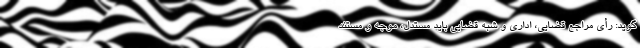
گوید: رأی مراجع قضایی، اداری و شبه قضایی باید مستدل، موجه و مستند